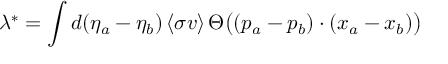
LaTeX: \lambda ^ { * } = \int d ( \eta _ { a } - \eta _ { b } ) \, \langle \sigma v \rangle \, \Theta \bigl ( ( p _ { a } - p _ { b } ) \cdot ( x _ { a } - x _ { b } ) \bigr )